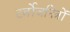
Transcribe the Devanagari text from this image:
टर्बोजनित्रों